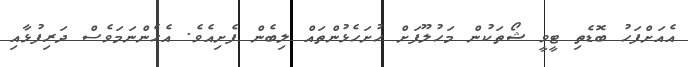
އެއަށްފަހު ބޮޑެތި ޓީވީ ޝޯތަކުން މަހުލޫފަށް ހުށަހެޅުންތައް ލިބެން ފެށިއެވެ. އެހެންނަމަވެސް ދަރިފުޅާއި